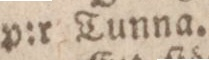
p:r Tunna.